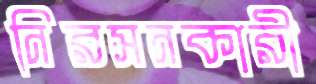
নিরসনকারী